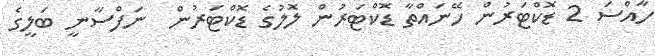
ހާއްސަ 2 ޑޮކްޓަރުން ހޭނައްތާ ޑޮކްޓަރުން ލޮލުގެ ޑޮކްޓަރުން  ނަފްސާނީ ބަލީގެ